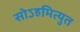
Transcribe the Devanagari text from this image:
सोऽहमित्युत